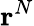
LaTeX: \mathbf{r}^{N}